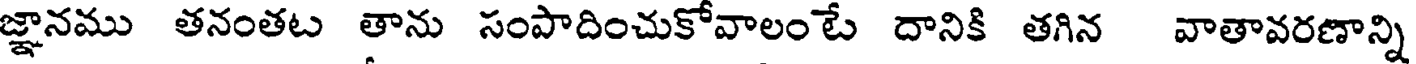
జ్లానము తనంతట తాను సంపాదించుకోవాలం టే దానికి తగిన వాతావరణాన్ని